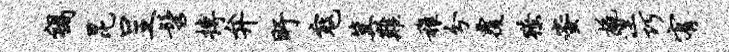
祸昆呈髫搏弁盱寇冀难稚分覆獠蜜橇涅巧宥